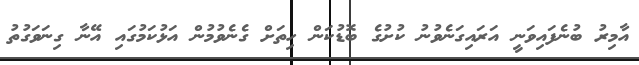
އާމިރު ބުނެފައިވަނީ އަރައިގަނެވުނު ކުށުގެ ބޮޑުކަން ހިތަށް ގެނެވުމުން އަޅުކަމުގައި އޭނާ ގިނަވަގުތު